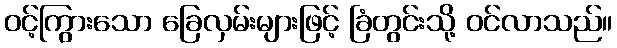
ဝင့်ကြွားသော ခြေလှမ်းများဖြင့် ခြံတွင်းသို့ ဝင်လာသည်။